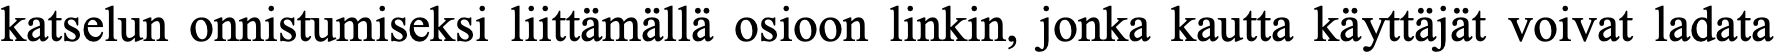
katselun onnistumiseksi liittämällä osioon linkin, jonka kautta käyttäjät voivat ladata